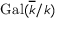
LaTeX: { \mathrm { G a l } } ( { \overline { { k } } } / k )